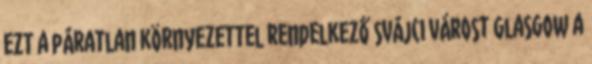
ezt a páratlan környezettel rendelkező svájci várost Glasgow a